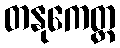
တနုကေတ္ထ